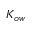
K _ { o w }